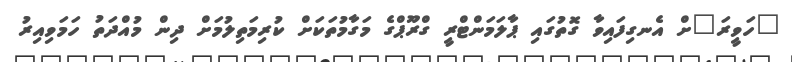
"ހަވީރަ"ށް އެނގިފައިވާ ގޮތުގައި ޕާލަމަންޓްރީ ގްރޫޕްގެ މަގާމުތަކަށް ކުރިމަތިލުމަށް ދިން މުއްދަތު ހަމަވިއިރު